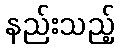
နည်းသည့်